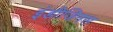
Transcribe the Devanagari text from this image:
इंडीजिनस